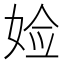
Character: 𫰰